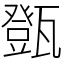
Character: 㽅